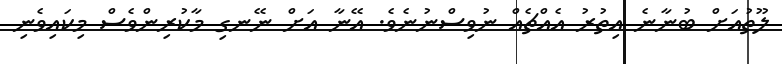
ލޫތުއަށް ބުނާނެ އިތުރު އެއްޗެއް ނުވިސްނުނެވެ. އޭނާ އަށް ނޭނގި މާކުރިންވެސް މިކައިވެނި